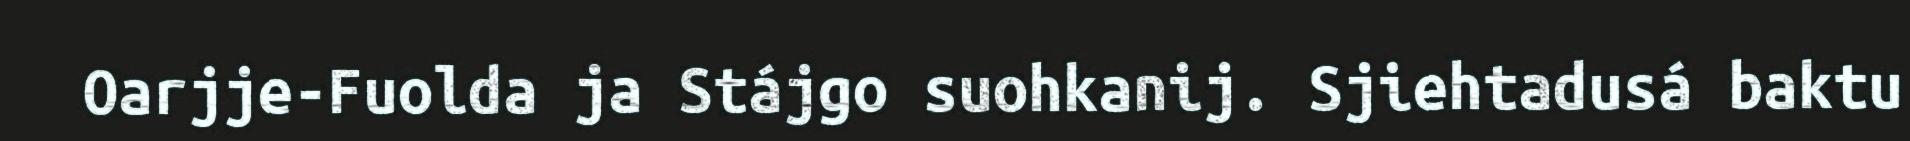
Oarjje-Fuolda ja Stájgo suohkanij. Sjiehtadusá baktu